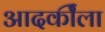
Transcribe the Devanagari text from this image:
आदर्कीला